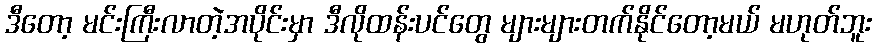
ဒီတော့ မင်းကြီးလာတဲ့အပိုင်းမှာ ဒီလိုထန်းပင်တွေ များများတက်နိုင်တော့မယ် မဟုတ်ဘူး